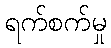
ရက်စက်မှု